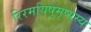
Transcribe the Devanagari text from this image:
रिरमयिषुमृष्यस्य